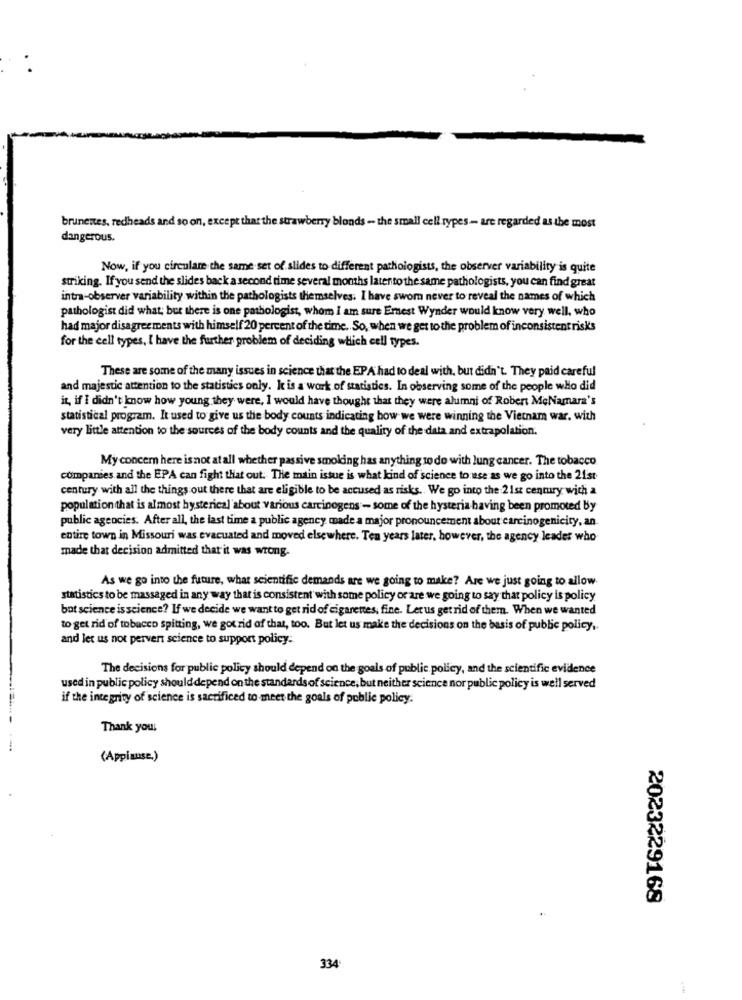
brunenes, redheads and so on, except that the strawberry blonds - the small cell rypes- are regarded as the most
dangerous.
Now, if you circulare the same set of slides to different pathologists, the observer variability is quite
striking. If you send the slides back a second time several months latento the same pathologists, you can find great
intra-observer variability within the pathologists themselves. I have swom never to reveal the names of which
pathologist did what; but there is one pathologist, whom I am sure Ernest Wynder would know very well, who
had major disagree ments with himself 20 percent of the time. So, when we get to the problem of inconsistent risks
for the cell types, I have the further problem of deciding which cell types.
These are some of the many issues in science that the EPA had to deal with, but didn't. They paid careful
and majestic attention to the statistics only. It is a work of statistics. In observing some of the people who did
it, if I didn't know how young they were, I would have thought that they were alumni of Robert MeNamara's
statistical program. It used to give us the body counts indicating how we were winning the Vietnam war. with
very little attention to the sources of the body counts and the quality of the data and extrapolation.
My concern here is not at all whether passive smoking has anything to do with lung cancer. The tobacco
companies and the EPA can fight that out: The main issue is what kind of science to use as we go into the 21st
century with all the things out there that are eligible to be accused as risks. We go into the 21st century with a
population that is almost hysterical about various carcinogens - some of the hysteria having been promoted by
public agencies. After all, the last time a public agency made a major pronouncement about carcinogenicity, an.
entire town in Missouri was evacuated and moved elsewhere. Ten years later, however, the agency leader who
made that decision admitted that it was wrong.
As we go into the future, what scientific demands are we going to make? Are we just going to allow
statistics to be massaged in any way that is consistent with some policy or are we going to say that policy is policy
bot science is science? If we decide we want to get rid of cigarettes, fine. Let us get rid of them. When we wanted
to get rid of tobacco spitting, we gotrid of that, too. But let us make the decisions on the basis of public policy ..
and let us not pervert science to support policy.
The decisions for public policy should depend on the goals of public policy, and the scientific evidence
used in public policy should depend on the standards of science, but neither science nor public policy is well served
if the integrity of science is sacrificed to meet the goals of public policy.
Thank you!
(Appiause.)
2023229168
334